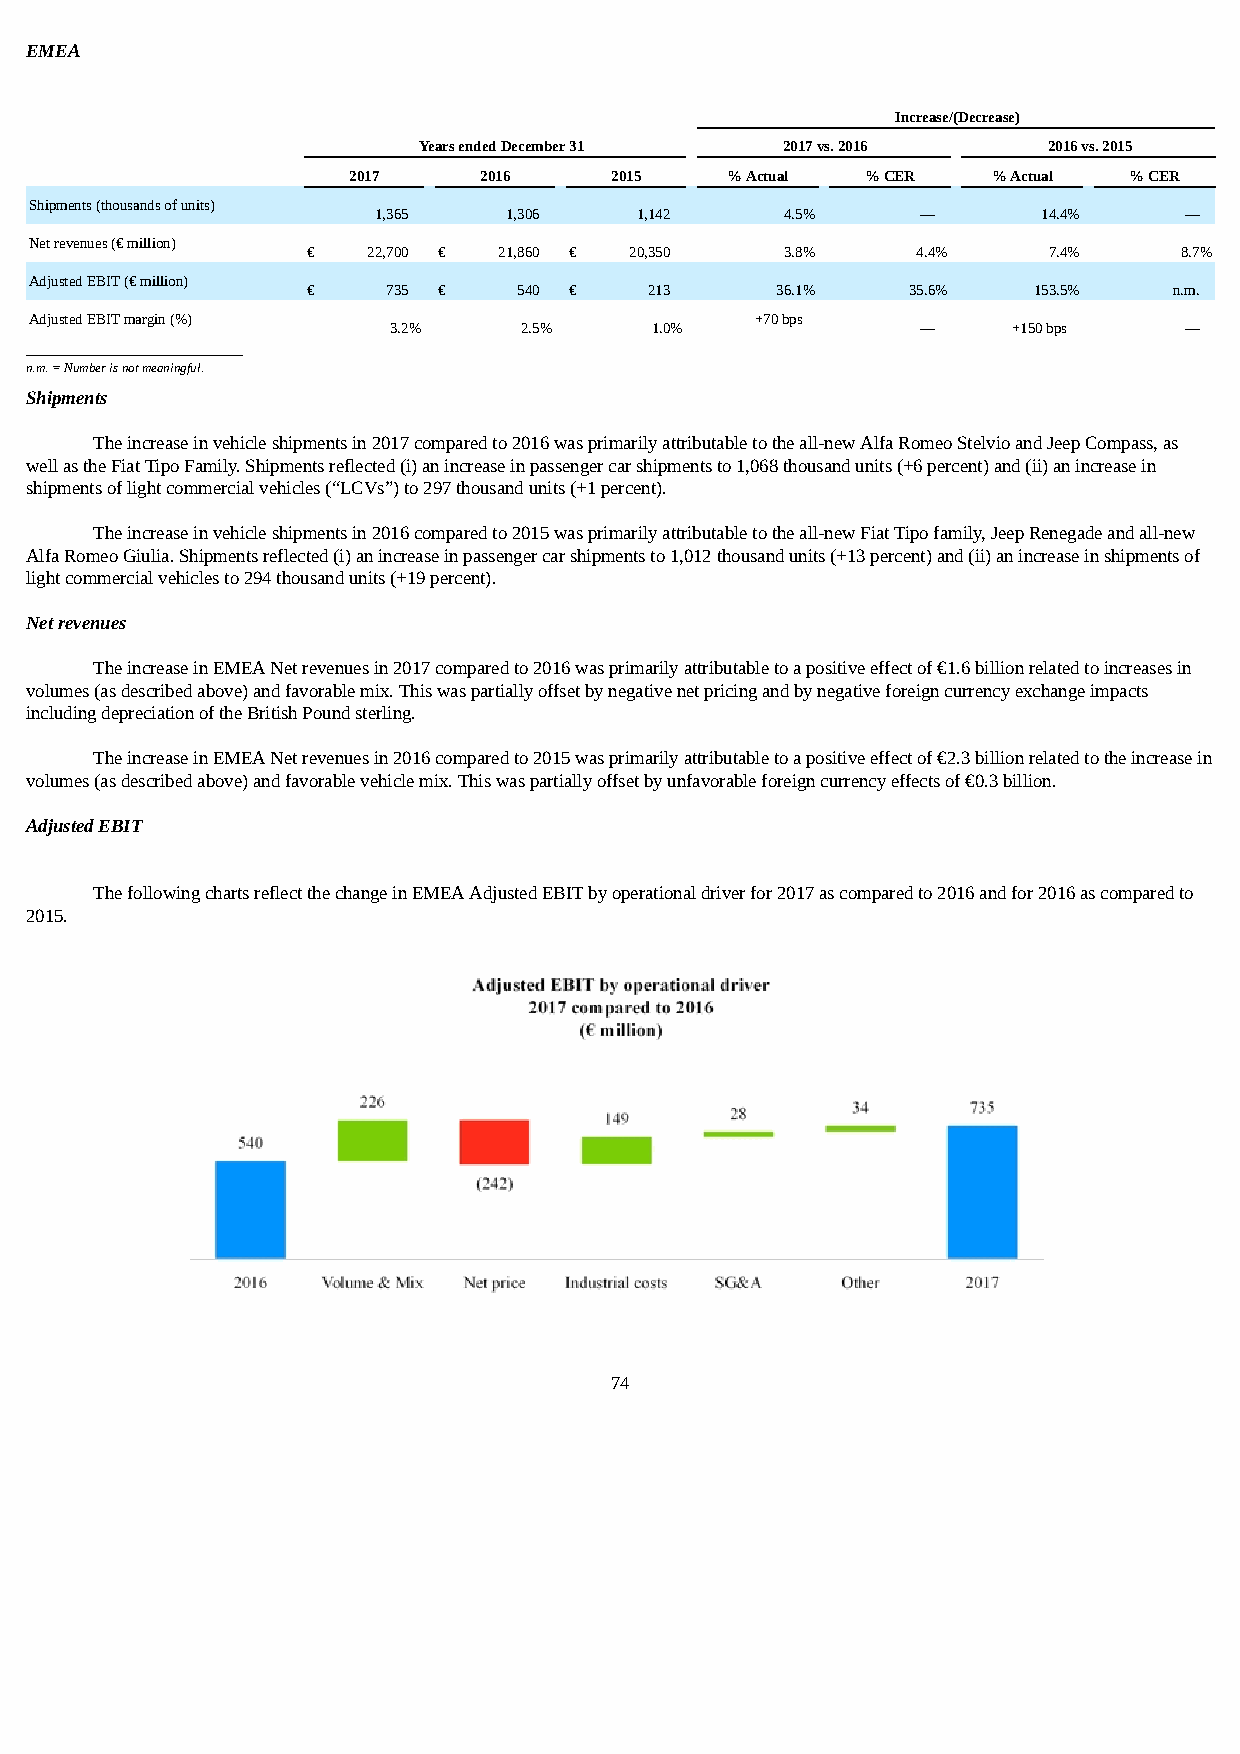
EMEA
 Increase/(Decrease)
 Years ended December 31 2017 vs. 2016    2016 vs. 2015
 2017     2016    2015    % Actual % CER    % Actual % CER
 Shipments (thousands of units)
 1,365   1,306    1,142     4.5%     —       14.4%    —
 Net revenues (€ million)
 €   22,700 € 21,860 € 20,350    3.8%     4.4%    7.4%     8.7%
 Adjusted EBIT (€ million)
 €     735 €   540 €    213     36.1%    35.6%   153.5%    n.m.
 Adjusted EBIT margin (%)
 3.2%    2.5%     1.0%
 +70 bps
 —     +150 bps   —
 _________________________________
 n.m. = Number is not meaningful.
 Shipments
 The increase in vehicle shipments in 2017 compared to 2016 was primarily attributable to the all-new Alfa Romeo Stelvio and Jeep Compass, as
 well as the Fiat Tipo Family. Shipments reflected (i) an increase in passenger car shipments to 1,068 thousand units (+6 percent) and (ii) an increase in
 shipments of light commercial vehicles (“LCVs”) to 297 thousand units (+1 percent).
 The increase in vehicle shipments in 2016 compared to 2015 was primarily attributable to the all-new Fiat Tipo family, Jeep Renegade and all-new
 Alfa Romeo Giulia. Shipments reflected (i) an increase in passenger car shipments to 1,012 thousand units (+13 percent) and (ii) an increase in shipments of
 light commercial vehicles to 294 thousand units (+19 percent).
 Net revenues
 The increase in EMEA Net revenues in 2017 compared to 2016 was primarily attributable to a positive effect of €1.6 billion related to increases in
 volumes (as described above) and favorable mix. This was partially offset by negative net pricing and by negative foreign currency exchange impacts
 including depreciation of the British Pound sterling.
 The increase in EMEA Net revenues in 2016 compared to 2015 was primarily attributable to a positive effect of €2.3 billion related to the increase in
 volumes (as described above) and favorable vehicle mix. This was partially offset by unfavorable foreign currency effects of €0.3 billion.
 Adjusted EBIT
 The following charts reflect the change in EMEA Adjusted EBIT by operational driver for 2017 as compared to 2016 and for 2016 as compared to
 2015.
 74